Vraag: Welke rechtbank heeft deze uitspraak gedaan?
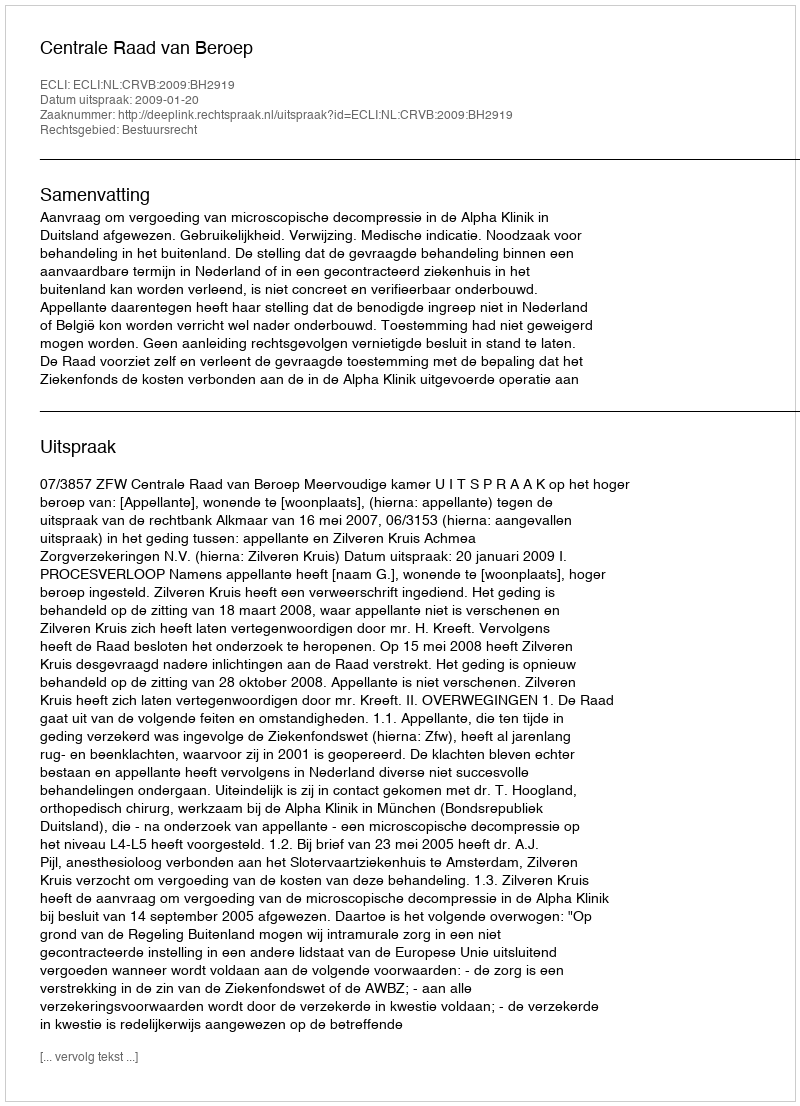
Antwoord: Centrale Raad van Beroep